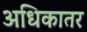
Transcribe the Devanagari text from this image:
अधिकातर